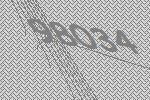
98034